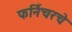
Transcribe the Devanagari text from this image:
फर्निचरचे